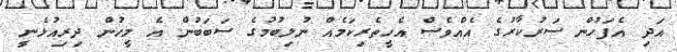
އަދި އެފަހުން ސަރުކާރުގެ އެއްވެސް އެހީތެރިކަމެއް ނުލިބުމުގެ ސަބަބުން އެ މީހުން ދިރިއުޅެނީ